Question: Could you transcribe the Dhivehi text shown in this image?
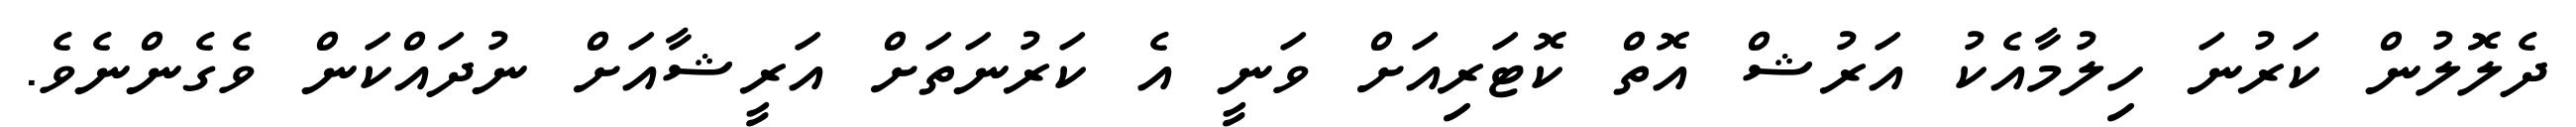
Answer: ދެލޮލުން ކަރުނަ ހިލުމާއެކު އަރުޝް އޮތް ކޮޓަރިއަށް ވަނީ އެ ކަރުނަތަށް އަރީޝާއަށް ނުދައްކަން ވެގެންނެވެ.